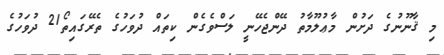
މި ޤާނޫނުގެ ދަށުން މާޢުލޫމާތު ދޭންޖެހޭނީ ލަސްވެގެން ކިތައް ދުވަހުގެ ތެރޭގައިތޯ21 ދުވަހުގެ